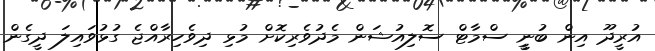
އުރީދޫ އިން ބުނީީ ސްމާޓް ސޮލިއުޝަން މެދުވެރިކޮށް މުޅި ދިވެހިރާއްޖެ ގުޅުވައިލަ ދީގެން